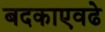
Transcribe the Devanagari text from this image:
बदकाएवढे